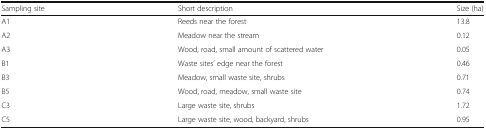
| Sampling site | Short description | Size (ha) |
 | --- | --- | --- |
 | A1 | Reeds near the forest | 13.8 |
 | A2 | Meadow near the stream | 0.12 |
 | A3 | Wood, road, small amount of scattered water | 0.05 |
 | B1 | Waste sites’ edge near the forest | 0.46 |
 | B3 | Meadow, small waste site, shrubs | 0.71 |
 | B5 | Wood, road, meadow, small waste site | 0.74 |
 | C3 | Large waste site, shrubs | 1.72 |
 | C5 | Large waste site, wood, backyard, shrubs | 0.95 |